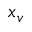
x _ { v }